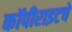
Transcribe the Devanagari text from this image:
कॉपीराइटचे